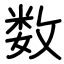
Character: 数